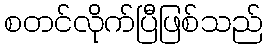
စတင်လိုက်ပြီဖြစ်သည်